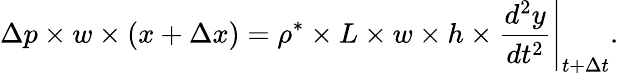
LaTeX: \Delta p\times w\times(x+\Delta x)=\rho^{*}\times L\times w\times h\times\frac{d^{2}y}{dt^{2}}\Bigg\rvert_{t+\Delta t}.